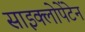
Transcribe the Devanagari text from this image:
साइक्लोपेंटेन